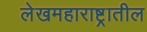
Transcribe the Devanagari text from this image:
लेखमहाराष्ट्रातील